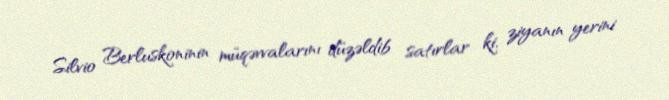
Silvio Berluskoninin müqəvvalarını düzəldib satırlar ki, ziyanın yerini